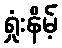
ရှုံးနိမ့်